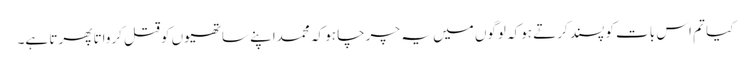
کیا تم اس بات کو پسند کرتے ہوکہ لوگوں میں یہ چرچا ہو کہ محمداپنے ساتھیوں کوقتل کرواتا پھرتا ہے۔